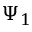
\Psi _ { 1 }